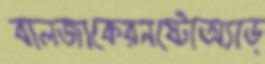
বালজাকেরনষ্টোঅ্যাড্